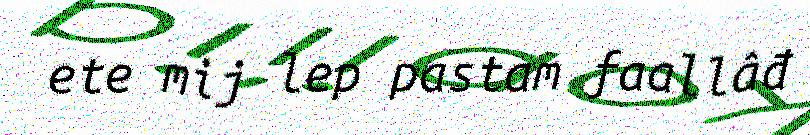
ete mij lep pastam faallâđ